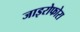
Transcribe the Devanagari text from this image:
जाइरोफोरा